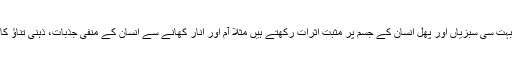
سبزیاں و پھل: بہت سی سبزیاں اور پھل انسان کے جسم پر مثبت اثرات رکھتے ہیں مثلاً آم اور انار کھانے سے انسان کے منفی جذبات، ذہنی تناﺅ کا خاتمہ ہوتا ہے۔